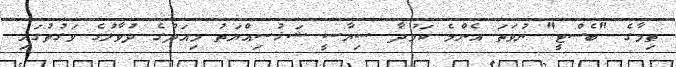
ތިމާގެ "ބެސްޓީ" ނުވަތަ އެންމެ ކަމުދާ ސިޔާސީ ޝަޚުސިއްޔަތު މިއަދުގެ ދުވާލުގެ ވަގުތުގައި